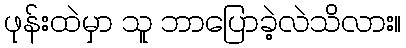
ဖုန်းထဲမှာ သူ ဘာပြောခဲ့လဲသိလား။